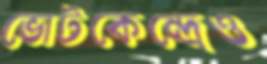
ভোটকেন্দ্রেও